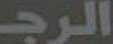
الرجــ